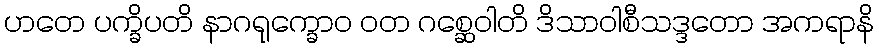
ဟတေ ပက္ခိပတိ နာဂရုက္ခောဝ ဝတ ဂစ္ဆေဝါတိ ဒိသာဝါစီသဒ္ဒတော အကရာနိ